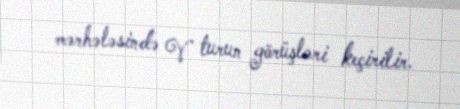
mərhələsində V turun görüşləri keçirilir.